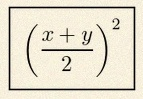
\left(\frac{x+y}{2}\right)^2